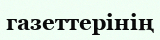
газеттерінің